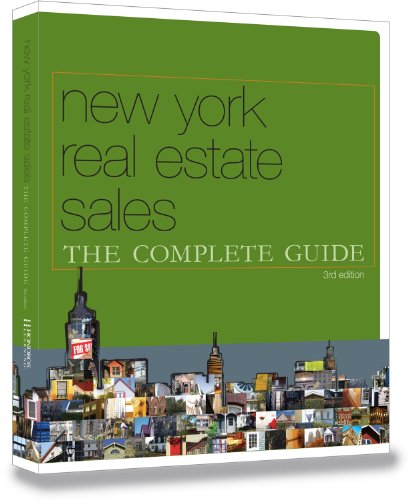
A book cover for New York Real Estate Sales: The Complete Guide, 3rd ed.; Hondros Learning; Business & Money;